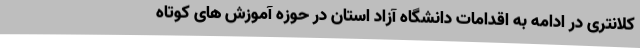
کلانتری در ادامه به اقدامات دانشگاه آزاد استان در حوزه آموزش های کوتاه